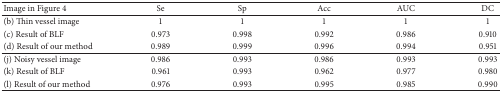
| Image in Figure 4 | Se | Sp | Acc | AUC | DC |
 | --- | --- | --- | --- | --- | --- |
 | (b) Thin vessel image | 1 | 1 | 1 | 1 | 1 |
 | (c) Result of BLF | 0.973 | 0.998 | 0.992 | 0.986 | 0.910 |
 | (d) Result of our method | 0.989 | 0.999 | 0.996 | 0.994 | 0.951 |
 | (j) Noisy vessel image | 0.986 | 0.993 | 0.986 | 0.993 | 0.993 |
 | (k) Result of BLF | 0.961 | 0.993 | 0.962 | 0.977 | 0.980 |
 | (l) Result of our method | 0.976 | 0.993 | 0.995 | 0.985 | 0.990 |